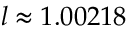
l \approx 1 . 0 0 2 1 8